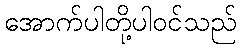
အောက်ပါတို့ပါဝင်သည်